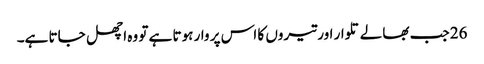
26 جب بھالے تلوار اور تیروں کا اس پر وار ہوتا ہے تو وہ اچھل جاتا ہے۔